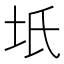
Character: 坁